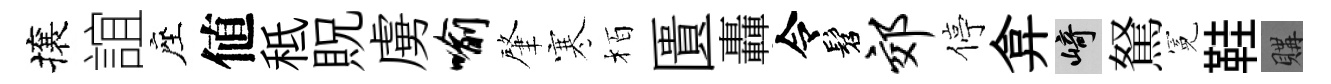
攘誼座値秪貺虜喻肇寒栢匱轟令髫郊停弇崎駑冕鞋購